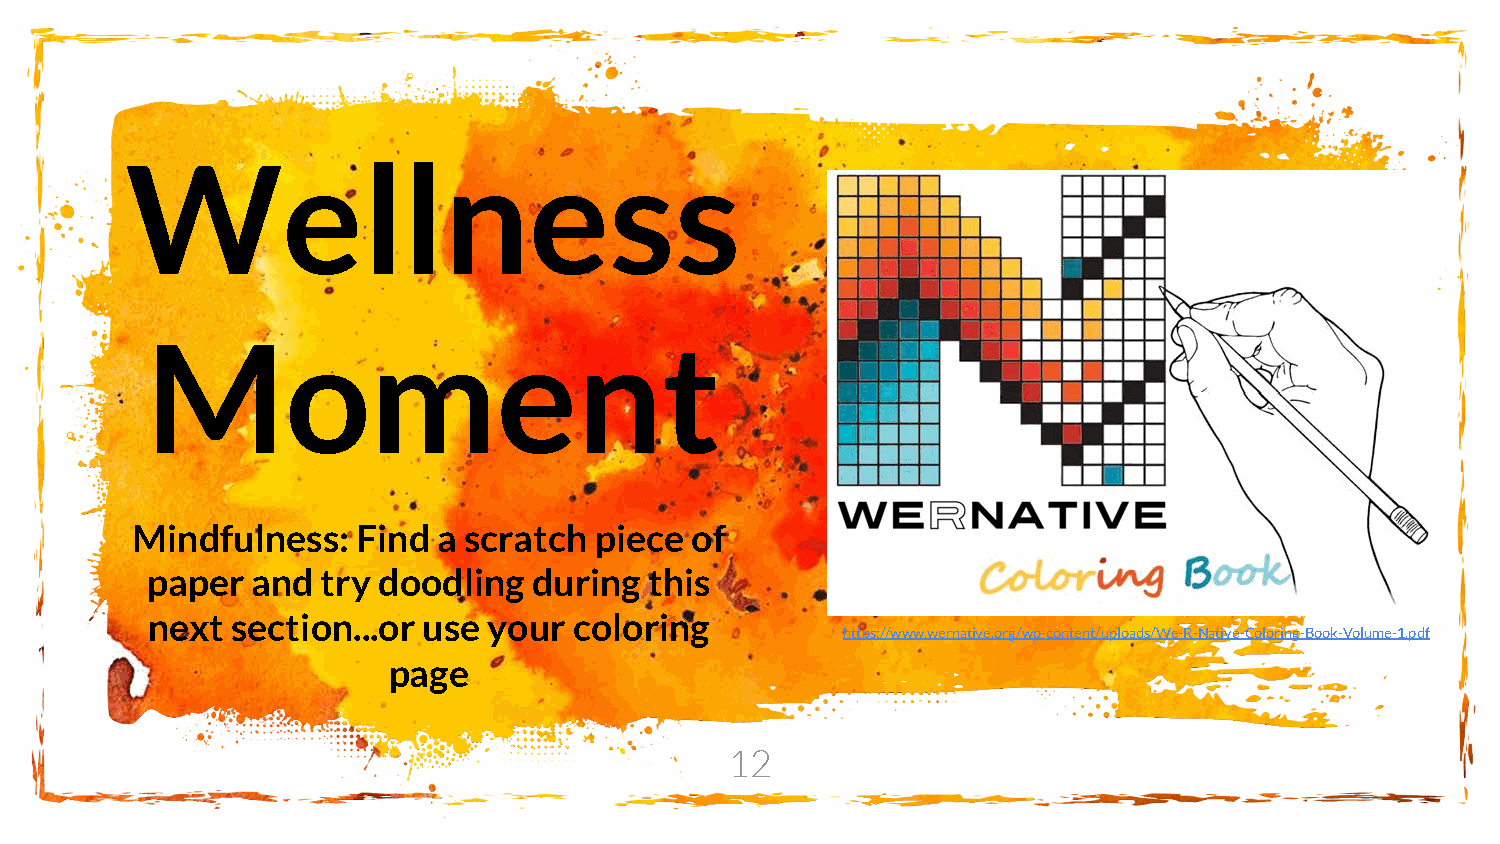
Wellness
 Moment
 Mindfulness:   Find a scratch piece  of
 paper  and try doodling  during  this
 next section...or use your  coloring
 https://www.wernative.org/wp-content/uploads/We-R-Native-Coloring-Book-Volume-1.pdf
 page
 12